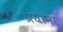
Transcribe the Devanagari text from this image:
प्रधाना